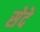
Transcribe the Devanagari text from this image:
सेदे